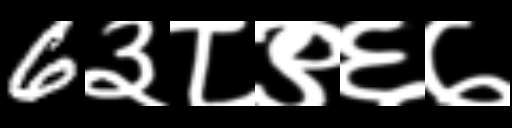
Text: 6३८९६७